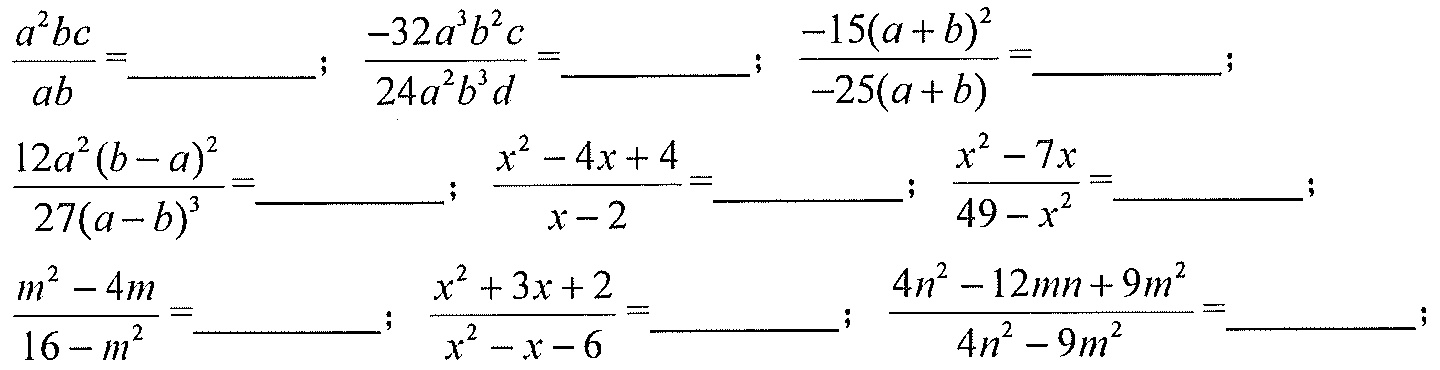
\(\frac{a^{2}bc}{ab}=\underline{\quad\quad};\ \frac{-32a^{3}b^{2}c}{24a^{2}b^{3}d}=\underline{\quad\quad};\ \frac{-15(a + b)^{2}}{-25(a + b)}=\underline{\quad\quad};\)
\(\frac{12a^{2}(b - a)^{2}}{27(a - b)^{3}}=\underline{\quad\quad};\ \frac{x^{2}-4x + 4}{x - 2}=\underline{\quad\quad};\ \frac{x^{2}-7x}{49 - x^{2}}=\underline{\quad\quad};\)
\(\frac{m^{2}-4m}{16 - m^{2}}=\underline{\quad\quad};\ \frac{x^{2}+3x + 2}{x^{2}-x - 6}=\underline{\quad\quad};\ \frac{4n^{2}-12mn + 9m^{2}}{4n^{2}-9m^{2}}=\underline{\quad\quad};\)